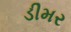
ડીમર